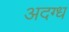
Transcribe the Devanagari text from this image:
अदग्ध